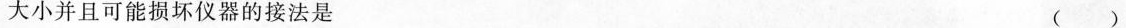
大小并且可能损坏仪器的接法是 ()